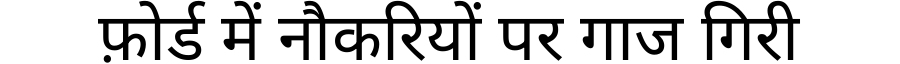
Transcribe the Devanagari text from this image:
फ़ोर्ड में नौकरियों पर गाज गिरी